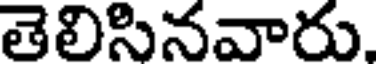
తెలిసినవారు,